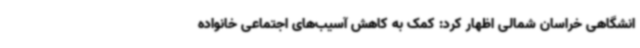
انشگاهی خراسان شمالی اظهار کرد: کمک به کاهش آسیب‌های اجتماعی خانواده